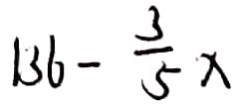
1 3 6 - \frac { 3 } { 5 } x